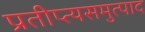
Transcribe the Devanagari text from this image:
प्रतीप्त्यसमुत्पाद